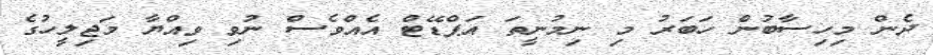
ދެން މިހިސާބުން ހަބަރު މި ނިމުނީތަ އަޕްޑޭޓް އެއްވެސް ނުވި ވިއްޔާ މަޖިލީހުގެ